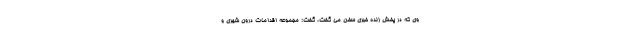
وی که در پخش زنده خبری سخن می گفت، گفت: مجموعه اقدامات درون شهری و